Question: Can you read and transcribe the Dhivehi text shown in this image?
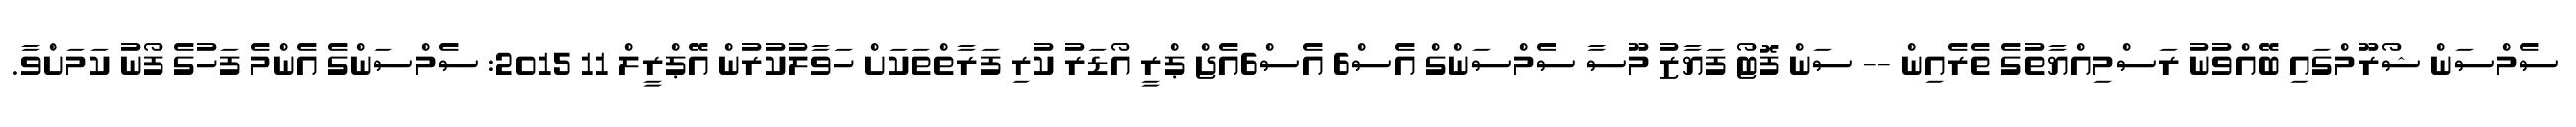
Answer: ސެމްސަން ޝޯރޫމްގައި ބޭއްވުނު ރަސްމިއްޔާތުގެ ތެރެއިން -- ސަން ފޮޓޯ ފަޔާޒު މޫސާ ސެމްސަންގް އެސް6 އެސް6އެޖް ޕްރީ އޯޑަރު ކުރި ފަރާތްތަކަށް ހަވާލުކުރުން އޭޕްރީލް 11 2015: ސެމްސަންގެ އެންމެ ފަހުގެ ފޯނު ކަމަށްވާ.